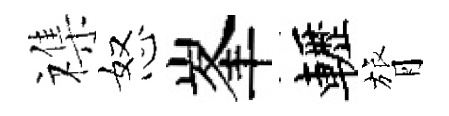
襍怒峯轣膂